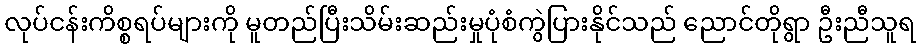
လုပ်ငန်းကိစ္စရပ်များကို မူတည်ပြီးသိမ်းဆည်းမှုပုံစံကွဲပြားနိုင်သည် ညောင်တိုရွာ ဦးညီသူရ